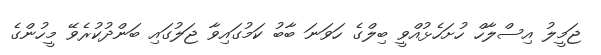
ޖަމީލު އިސްލާހް ހުށަހެޅުއްވީ ބިލްގެ ހަވަނަ ބާބު ކަމުގައިވާ ޖަލުގައި ބަންދުކުރެވޭ މީހުންގެ